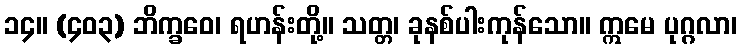
၁၄။ (၄၀၃) ဘိက္ခဝေ၊ ရဟန်းတို့။ သတ္တ၊ ခုနစ်ပါးကုန်သော။ ဣမေ ပုဂ္ဂလာ၊